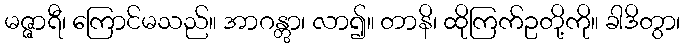
မဇ္ဇာရီ၊ ကြောင်မသည်။ အာဂန္တွာ၊ လာ၍။ တာနိ၊ ထိုကြက်ဥတို့ကို။ ခါဒိတွာ၊